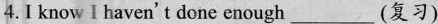
4.I know I haven't done enough_(复习)